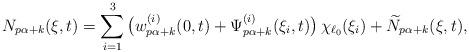
LaTeX: \begin{align*}N_{p\alpha +k}(\xi,t) = \sum\limits_{i=1}^3\big(w^{(i)}_{p\alpha +k}(0,t) + \Psi^{(i)}_{p\alpha +k}(\xi_i,t) \big) \,\chi_{\ell_0}(\xi_i) + \widetilde{N}_{p\alpha +k}(\xi,t),\end{align*}